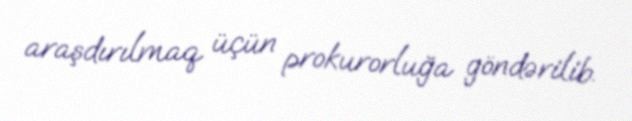
araşdırılmaq üçün prokurorluğa göndərilib.